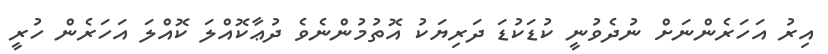
އިރު އަހަރެންނަށް ނުދެވުނީ ކުޑަކުޑަ ދަރިޔަކު އޮތުމުންނެވެ ދުޢާކޮއްލަ ކޮއްލަ އަހަރެން ހުރީ